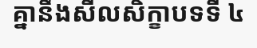
គ្នានឹងសីលសិក្ខាបទទី ៤